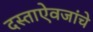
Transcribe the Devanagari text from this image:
दस्ताऐवजांचे